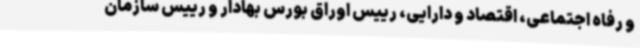
و رفاه اجتماعی، اقتصاد و دارایی، رییس اوراق بورس بهادار و رییس سازمان